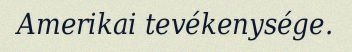
Amerikai tevékenysége.